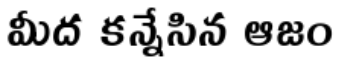
మీద కన్నేసిన ఆజం